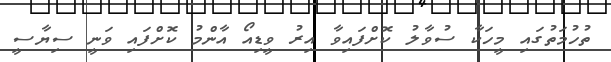
ތުހުމަތުގައި މީހަކާ ސުވާލު ކޮށްފައިވާ އިރު ވީޑިއޯ އާންމު ކޮށްފައި ވަނީ ސިޔާސީ